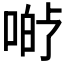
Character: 𱓡